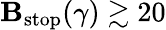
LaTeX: \mathbf{B}_{\mathrm{{stop}}}(\gamma)\gtrsim20